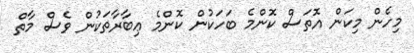
މިހެން މިކަން އޮތަސް ކޮންމެ ބަހަކުން ކޮންމެ ޢިބާރާތަކުން ވެސް މާތް